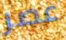
عصر